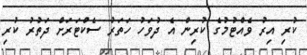
ކުރި އިރު ވެއްޓުމުގެ ކުރިން އެ ދުވަހު ހަތަރު ސެކްޓަރަށް ދަތުރު ކުރި